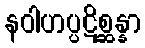
နဝါဟပ္ပဋိစ္ဆန္နာ